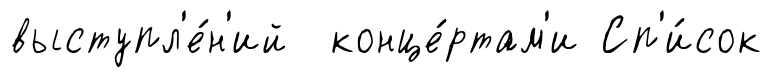
выступл'е́н'ий конце́ртам'и Сп'и́сок